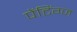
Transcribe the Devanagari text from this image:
पेंटिंग्ज